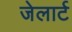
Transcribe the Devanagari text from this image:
जेलार्ट